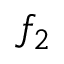
f _ { 2 }